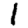
Digit: 1